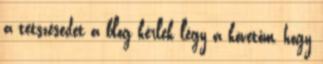
a tetszésedet a blog kérlek légy a követőm, hogy